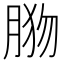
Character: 𦛦